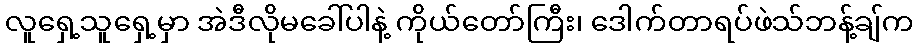
လူရှေ့သူရှေ့မှာ အဲဒီလိုမခေါ်ပါနဲ့ ကိုယ်တော်ကြီး၊ ဒေါက်တာရပ်ဖဲသ်ဘန့်ချ်က